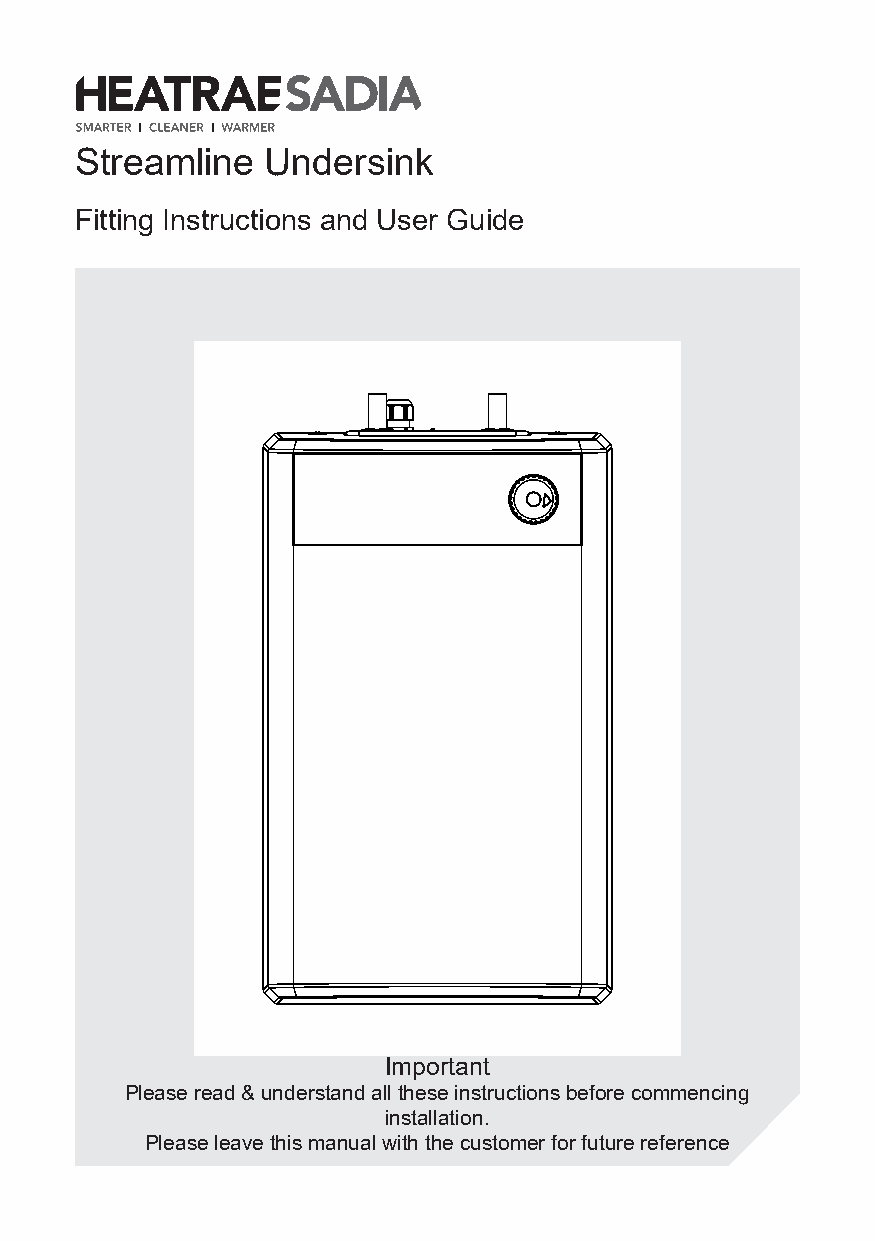
Streamline   Undersink
 Fitting Instructions and User Guide
 Important
 Please read & understand all these instructions before commencing
 installation.
 Please leave this manual with the customer for future reference
 1